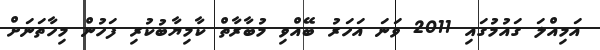
އަމިއްލަ ގައުމުގައި 2011 ވަނަ އަހަރު ބޭއްވި މުބާރާތް ކާމިޔާބުކުރި ފަހުން މިހާތަނަށް